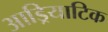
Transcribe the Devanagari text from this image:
आड्रियाटिक